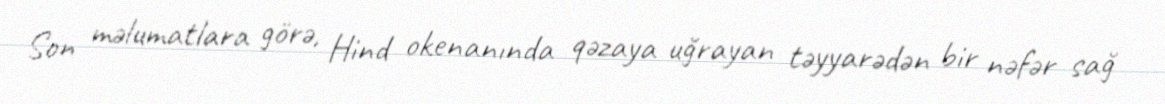
Son məlumatlara görə, Hind okenanında qəzaya uğrayan təyyarədən bir nəfər sağ